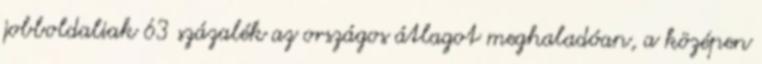
jobboldaliak 63 százalék az országos átlagot meghaladóan, a középen